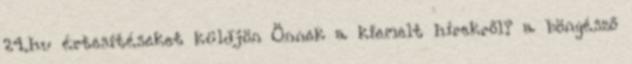
24.hu értesítéseket küldjön Önnek a kiemelt hírekről? a böngésző